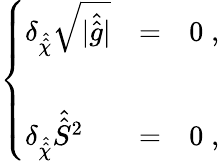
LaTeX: \left\{ \begin{array}{lcl}{{\delta_{\hat{\hat{\chi}}}\sqrt{|\hat{\hat{g}}|}}}&{{=}}&{{0\; ,}}\\ {{}}&{{}}&{{}}\\ {{\delta_{\hat{\hat{\chi}}}\hat{\hat{S}}{}^{2}}}&{{=}}&{{0\; ,}}\end{array}\right.